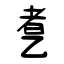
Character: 乽